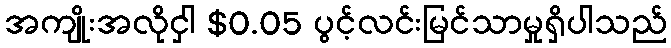
အကျိုးအလိုငှါ $0.05 ပွင့်လင်းမြင်သာမှုရှိပါသည်